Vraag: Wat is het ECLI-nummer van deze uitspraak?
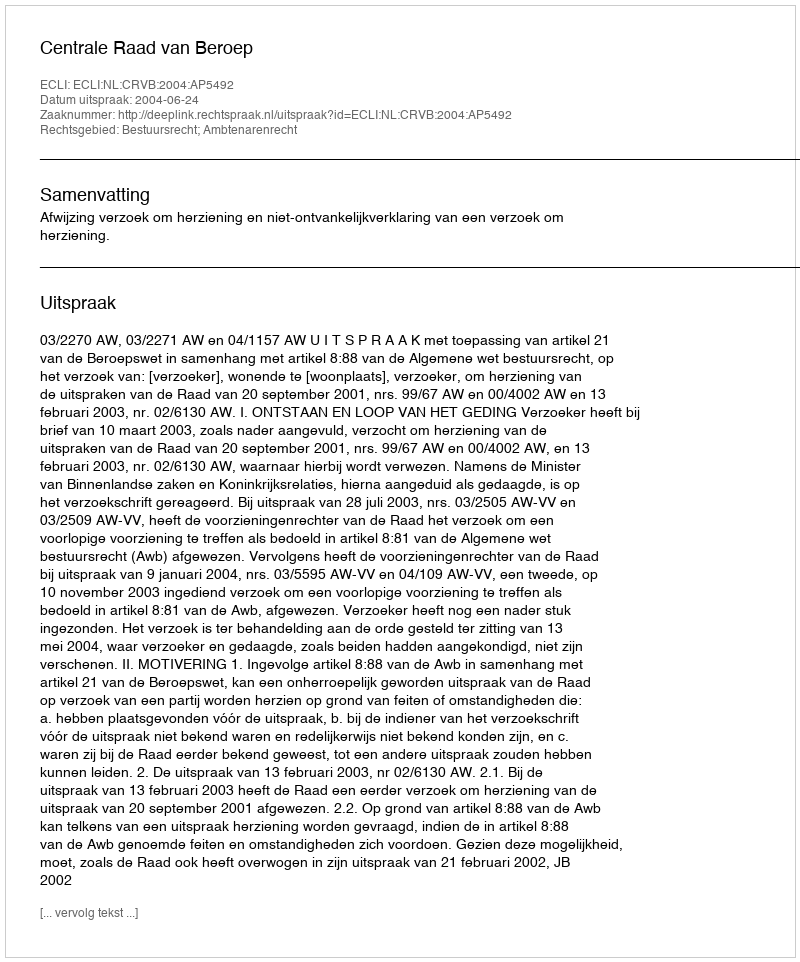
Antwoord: ECLI:NL:CRVB:2004:AP5492